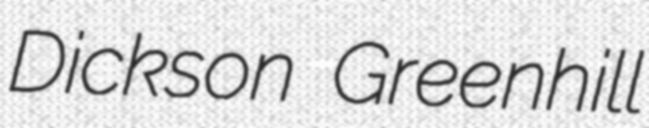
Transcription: Dickson Greenhill